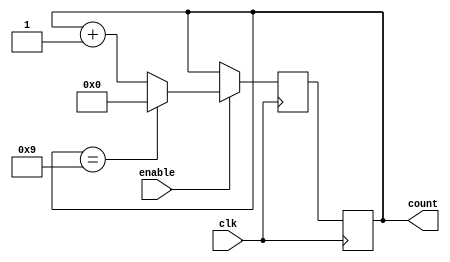
module BCD_Up_Counter_Enable (
    input wire clk,
    input wire enable,
    output reg [3:0] count
);

reg [3:0] next_count;

always @(posedge clk) begin
    if (enable) begin
        if (count == 4'b1001) begin
            next_count <= 4'b0000;
        end else begin
            next_count <= count + 4'b0001;
        end
    end else begin
        next_count <= count;
    end
end

always @(posedge clk) begin
    count <= next_count;
end

endmodule